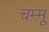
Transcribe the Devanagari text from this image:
चम्मू